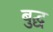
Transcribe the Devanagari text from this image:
बुद्घ